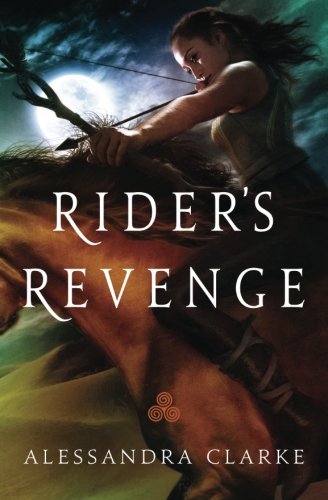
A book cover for Rider's Revenge; Alessandra Clarke; Science Fiction & Fantasy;